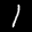
Label: 1